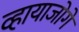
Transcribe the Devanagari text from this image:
व्हायाजोगे